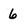
Character: 6